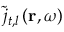
\tilde { { j } } _ { t , l } \left( \mathbf { r } , { \omega } \right)